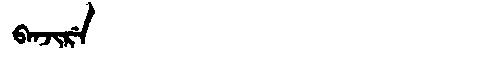
Manchu: ᠪᠠᠨᠵᡳᡵᡝ
Romanization: BANJIRE